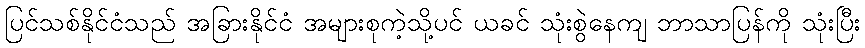
ပြင်သစ်နိုင်ငံသည် အခြားနိုင်ငံ အများစုကဲ့သို့ပင် ယခင် သုံးစွဲနေကျ ဘာသာပြန်ကို သုံးပြီး